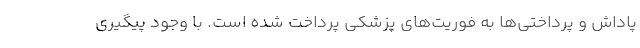
پاداش و پرداختی‌ها به فوریت‌های پزشکی پرداخت شده است. با وجود پیگیری